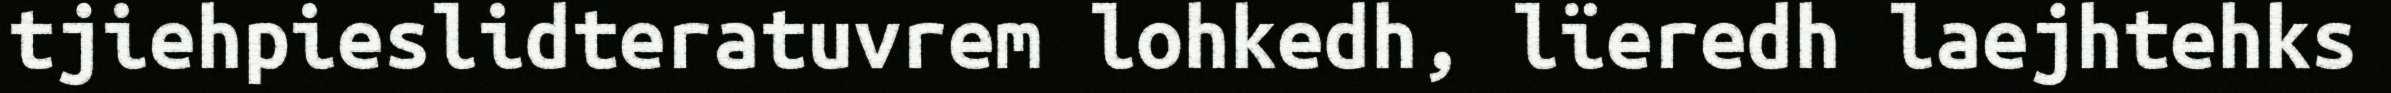
tjiehpieslidteratuvrem lohkedh, lïeredh laejhtehks